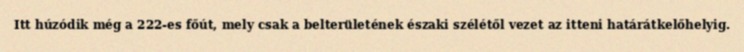
Itt húzódik még a 222-es főút, mely csak a belterületének északi szélétől vezet az itteni határátkelőhelyig.